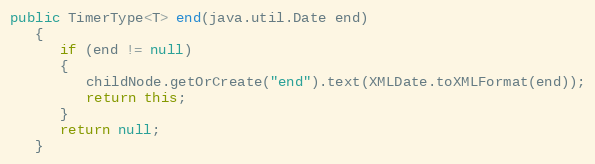
Language: Java
public TimerType<T> end(java.util.Date end)
   {
      if (end != null)
      {
         childNode.getOrCreate("end").text(XMLDate.toXMLFormat(end));
         return this;
      }
      return null;
   }